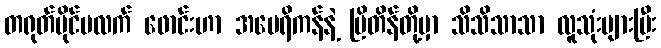
တရုတ်ပိုင်ပလက် ဖောင်းဟာ အမေရိကန်နဲ့ ဗြိတိန်တို့မှာ သိသိသာသာ လူသုံးများပြီး